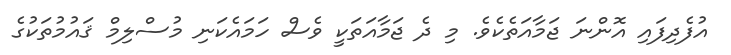
އުފެދިފައި އޮންނަ ޖަމާއަތެކެވެ. މި ދެ ޖަމާއަތަކީ ވެސް ހަމައެކަނި މުސްލިމް ޤައުމުތަކުގެ